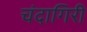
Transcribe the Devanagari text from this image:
चंदागिरी